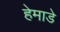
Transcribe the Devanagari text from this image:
हेमाडे